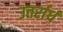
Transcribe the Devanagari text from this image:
उत्तर्रार्ध